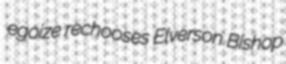
egoize rechooses Elverson Bishop